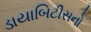
ડાયાબિટીસનો